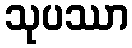
သုပဿာ